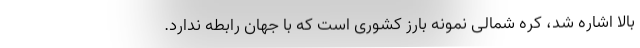
بالا اشاره شد، کره شمالی نمونه بارز کشوری است که با جهان رابطه ندارد.